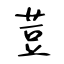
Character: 荳